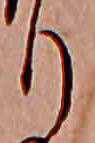
り